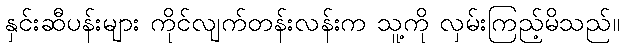
နှင်းဆီပန်းများ ကိုင်လျက်တန်းလန်းက သူ့ကို လှမ်းကြည့်မိသည်။